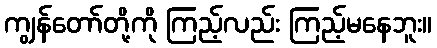
ကျွန်တော်တို့ကို ကြည့်လည်း ကြည့်မနေဘူး။